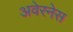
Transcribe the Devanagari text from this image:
अवेरनेस